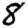
Digit: 8